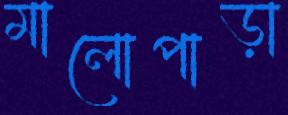
মালোপাড়া